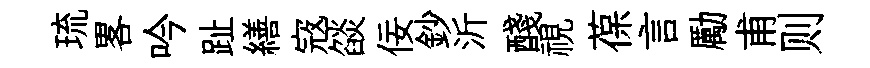
琉畧吟趾繕𡨥燄佞鈔沂醆視葆言勵甫则